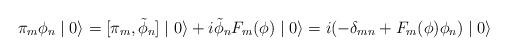
LaTeX: \begin{align*}\pi_{m} \phi_{n} \mid 0 \rangle = [\pi_{m},\tilde{\phi}_{n}] \mid 0 \rangle + i\tilde{\phi}_{n} F_{m}(\phi) \mid 0 \rangle = i (- \delta_{mn} + F_{m}(\phi) \phi_{n}) \mid 0 \rangle\end{align*}